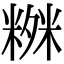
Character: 𥻒